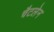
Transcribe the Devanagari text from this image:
चैटलेन